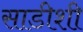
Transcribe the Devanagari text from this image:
साडीशी